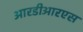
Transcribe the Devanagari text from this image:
आरडीआरएस